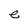
Character: e